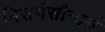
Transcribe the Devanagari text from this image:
निसर्गसौन्दर्य